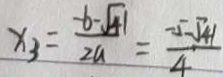
x _ { 3 } = \frac { - b - \sqrt { 4 1 } } { 2 a } = \frac { - 5 - \sqrt { 4 1 } } { 4 }